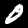
Label: 0